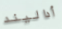
أداليند